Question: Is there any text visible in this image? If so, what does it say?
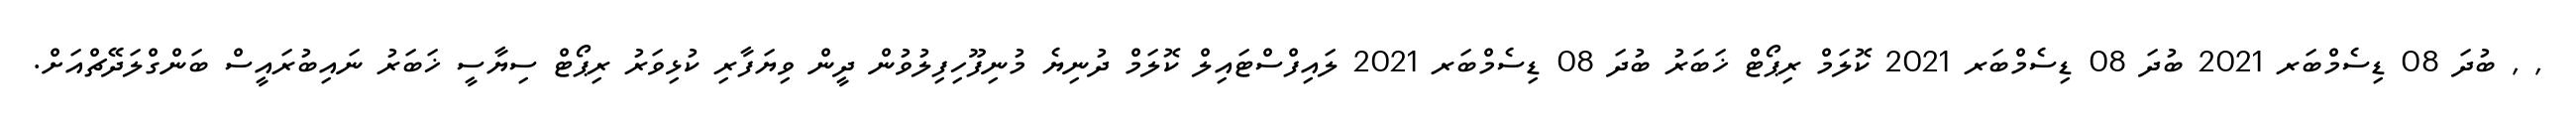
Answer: , , ބުދަ 08 ޑިސެމްބަރ 2021 ބުދަ 08 ޑިސެމްބަރ 2021 ކޮލަމް ރިޕޯޓް ޚަބަރު ބުދަ 08 ޑިސެމްބަރ 2021 ލައިފްސްޓައިލް ކޮލަމް ދުނިޔެ މުނިފޫހިފިލުވުން ދީން ވިޔަފާރި ކުޅިވަރު ރިޕޯޓް ސިޔާސީ ޚަބަރު ނައިބުރައީސް ބަންގްލަދޭޗްއަށް.